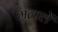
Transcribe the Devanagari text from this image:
मलालें